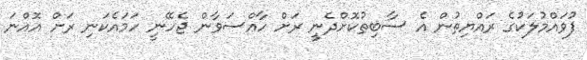
ފުވައްމުލަކުގެ ރައްޔިތުން އެ ސާބިތުކޮށްދެނީ ރަށް ހާއްސަވާން ޖެހޭނީ ހަމައެކަނި ރަށް އޮއްނަ